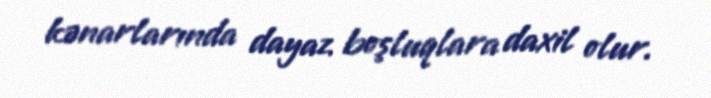
kənarlarında dayaz boşluqlara daxil olur.